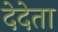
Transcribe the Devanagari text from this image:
देदेता